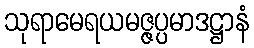
သုရာမေရယမဇ္ဇပ္ပမာဒဋ္ဌာနံ